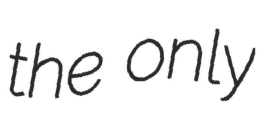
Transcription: the only